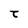
Character: t